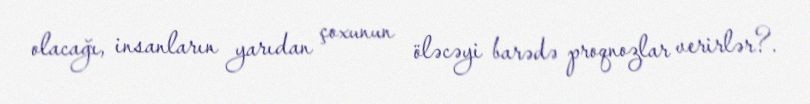
olacağı, insanların yarıdan çoxunun öləcəyi barədə proqnozlar verirlər?.